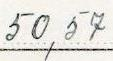
50,57